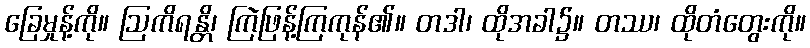
ခြေမှုန့်ကို။ ဩကိရန္တိ၊ ကြဲဖြန့်ကြကုန်၏။ တဒါ၊ ထိုအခါ၌။ တဿ၊ ထိုတံတွေးကို။